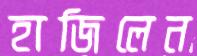
হাজিলেন